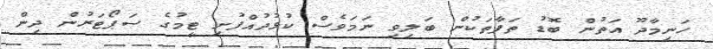
ހަނިމާދޫ އަތުން ބޮޑު ތަފާތަކުން ބަލިވި ނަމަވެސް ކުޅުދުއްފުށި ޓީމުގެ ސަޕޯޓަރުން ދިން